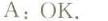
A:OK.